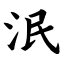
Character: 泯